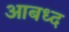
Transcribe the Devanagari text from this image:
आबध्द